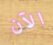
الآن